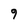
Character: 9